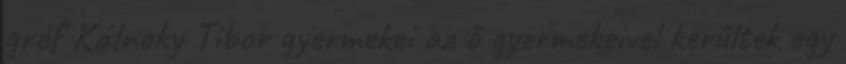
gróf Kálnoky Tibor gyermekei az ő gyermekeivel kerültek egy